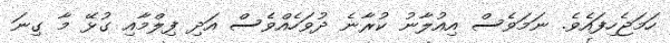
ހަމަޖެހިފައެވެ. ނަމަވެސް އިއުލާނު ކުރާނެ ދުވަހެއްވެސް އަދި ފިލްމާއި ގުޅޭ މާ ގިނަ